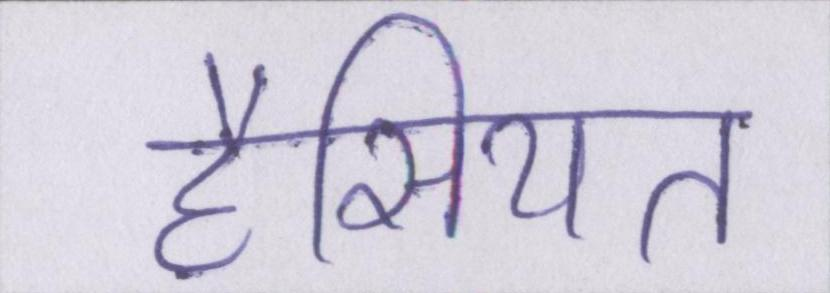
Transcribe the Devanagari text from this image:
हैसियत